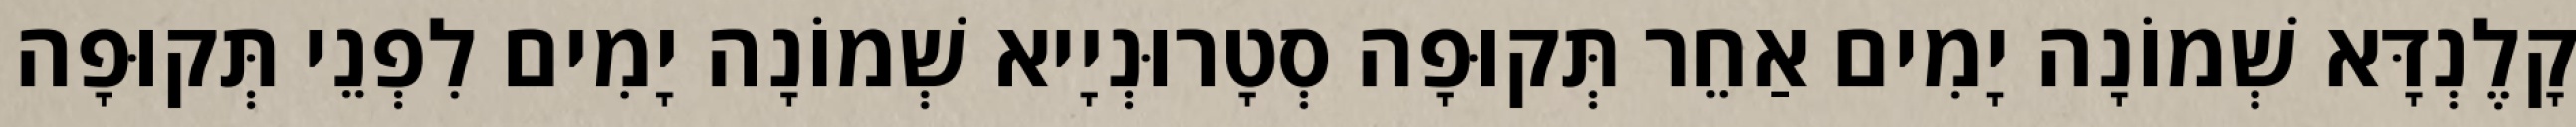
קָלֶנְדָּא שְׁמוֹנָה יָמִים אַחֵר תְּקוּפָה סְטָרוּנְיָיא שְׁמוֹנָה יָמִים לִפְנֵי תְּקוּפָה